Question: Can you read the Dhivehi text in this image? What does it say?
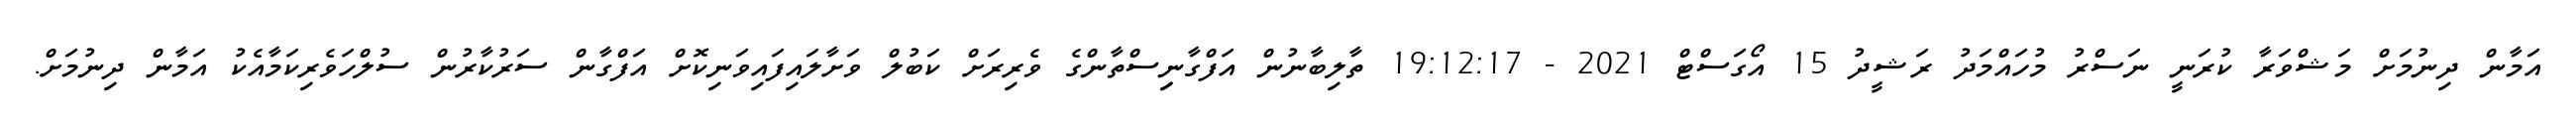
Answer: އަމާން ދިނުމަށް މަޝްވަރާ ކުރަނީ ނަސްރު މުހައްމަދު ރަޝީދު 15 އޯގަސްޓް 2021 - 19:12:17 ތާލިބާނުން އަފްގާނިިސްތާންގެ ވެރިރަށް ކަބުލް ވަށާލައިފައިވަނިކޮށް އަފްގާން ސަރުކާރުން ސުލްހަވެރިކަމާއެކު އަމާން ދިނުމަށް.